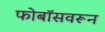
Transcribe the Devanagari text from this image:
फोबॉसवरून